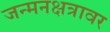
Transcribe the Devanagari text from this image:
जन्मनक्षत्रावर